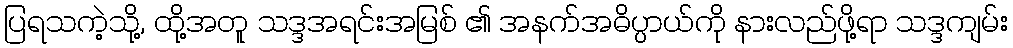
ပြရသကဲ့သို့, ထို့အတူ သဒ္ဒအရင်းအမြစ် ၏ အနက်အဓိပ္ပာယ်ကို နားလည်ဖို့ရာ သဒ္ဒကျမ်း